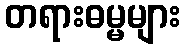
တရားဓမ္မများ